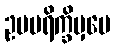
ဥပပရိက္ခိမှပေ